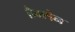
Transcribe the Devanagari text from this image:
हैक्सेन